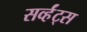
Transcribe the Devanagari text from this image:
सर्व्हंट्स